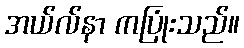
အယ်လ်နာ ကပြုံးသည်။